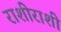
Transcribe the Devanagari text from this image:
राशीराशी